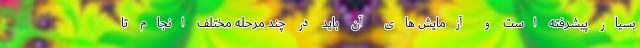
بسیار پیشرفته است و آزمایش های آن باید در چند مرحله مختلف انجام تا